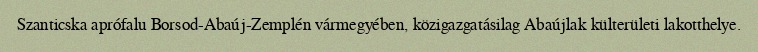
Szanticska aprófalu Borsod-Abaúj-Zemplén vármegyében, közigazgatásilag Abaújlak külterületi lakotthelye.